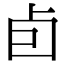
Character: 卣